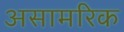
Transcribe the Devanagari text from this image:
असामरिक